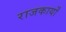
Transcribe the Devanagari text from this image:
राजकार्यों